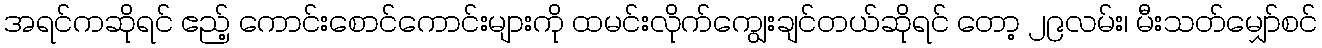
အရင်ကဆိုရင် ဧည့် ကောင်းစောင်ကောင်းများကို ထမင်းလိုက်ကျွေးချင်တယ်ဆိုရင် တော့ ၂၉လမ်း၊ မီးသတ်မျှော်စင်